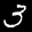
Label: 3